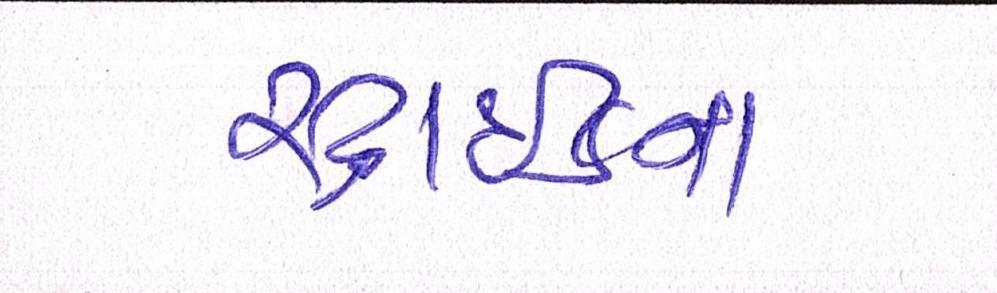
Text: સ્ટ્રાઈકના